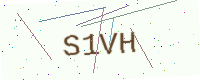
Text: S1VH